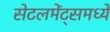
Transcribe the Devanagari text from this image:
सेटलमेंट्‌समध्ये